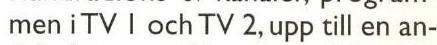
men i TV I och TV 2, upp till en an-